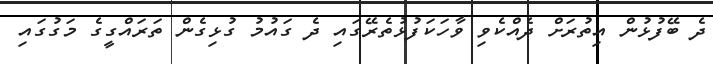
ދެ ބޭފުޅުން އިތުރަށް ދެއްކެވި ވާހަކަފުޅުތެރޭގައި ދެ ގައުމު ގުޅިގެން ތަރައްގީގެ މަގުގައި